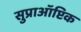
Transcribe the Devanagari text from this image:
सुप्राऑप्टिक